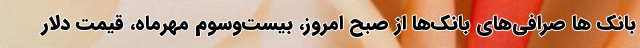
بانک ها صرافی‌های بانک‌ها از صبح امروز، بیست‌وسوم مهرماه، قیمت دلار